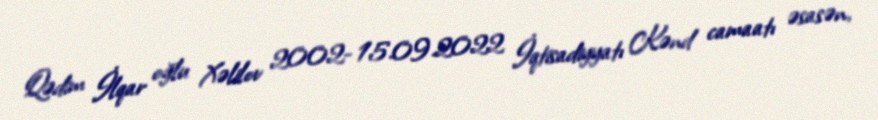
Qədim İlqar oğlu Xəlilov 2002- 15.09.2022 İqtisadiyyatı Kənd camaatı əsasən,